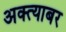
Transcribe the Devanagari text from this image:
अक्त्याबर